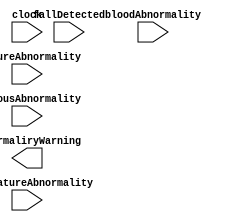
`timescale 1ns / 1ps
`default_nettype none

/*
**********************************************************
** Logic Design Final Project Fall, 2019 Semester
** Amirkabir University of Technology (Tehran Polytechnic)
** Department of Computer Engineering (CEIT-AUT)
** Logic Circuit Design Laboratory
** https://ceit.aut.ac.ir
**********************************************************
** Student ID: XXXXXXX
** Student ID: XXXXXXX
**********************************************************
** Module Name: LogicHealthcareSystemController
**********************************************************
** Additional Comments:
*/

module LogicHealthcareSystemController(  
    clock,
    presureAbnormality,
    bloodAbnormality,
    fallDetected,
    temperatureAbnormality,
    nervousAbnormality,
    abnormaliryWarning);
  
input clock;
input presureAbnormality;
input bloodAbnormality;
input fallDetected;
input temperatureAbnormality;
input [1:0] nervousAbnormality;
output [2:0] abnormaliryWarning;

  // write your code here, please.  
  

endmodule